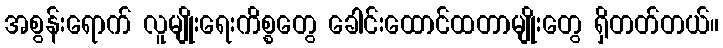
အစွန်းရောက် လူမျိုးရေးကိစ္စတွေ ခေါင်းထောင်ထတာမျိုးတွေ ရှိတတ်တယ်။